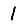
Digit: 1